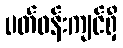
ပတ်ဝန်းကျင်ရှိ